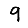
Digit: 9